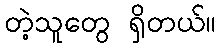
တဲ့သူတွေ ရှိတယ်။